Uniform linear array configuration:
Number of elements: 64
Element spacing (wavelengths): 1
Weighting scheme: hann
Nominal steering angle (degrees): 60
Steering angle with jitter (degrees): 61.407
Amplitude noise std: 0.05
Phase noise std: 0.05

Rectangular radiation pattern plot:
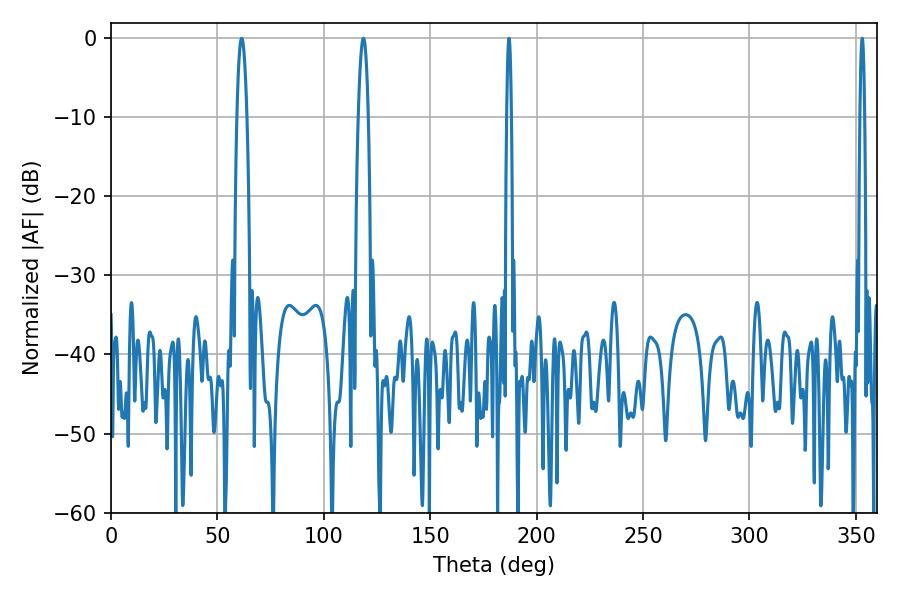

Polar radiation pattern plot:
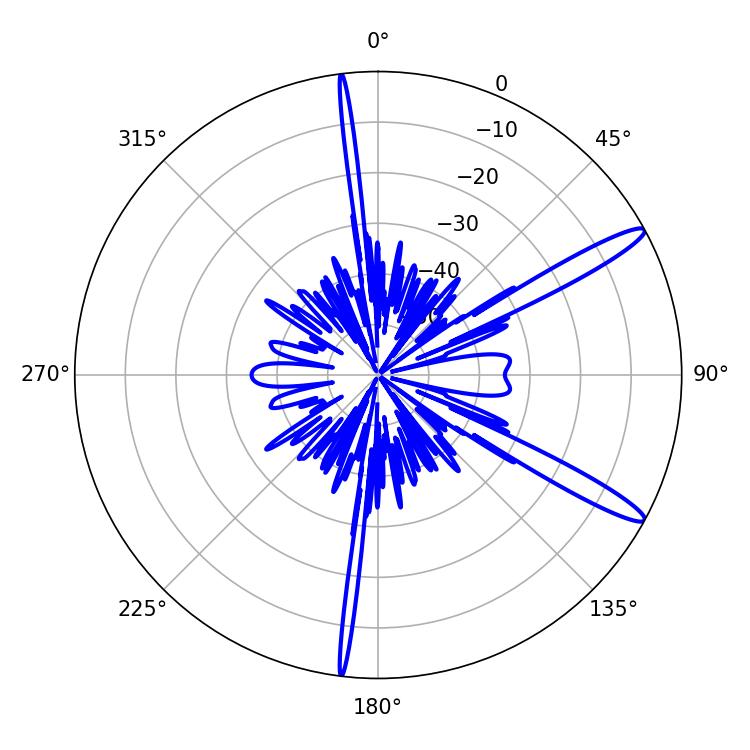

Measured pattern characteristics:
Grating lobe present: TRUE
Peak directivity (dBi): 13.912
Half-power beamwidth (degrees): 2.52
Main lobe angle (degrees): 61.38